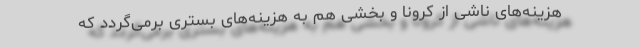
هزینه‌های ناشی از کرونا و بخشی هم به هزینه‌های بستری برمی‌گردد که